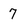
Character: 7